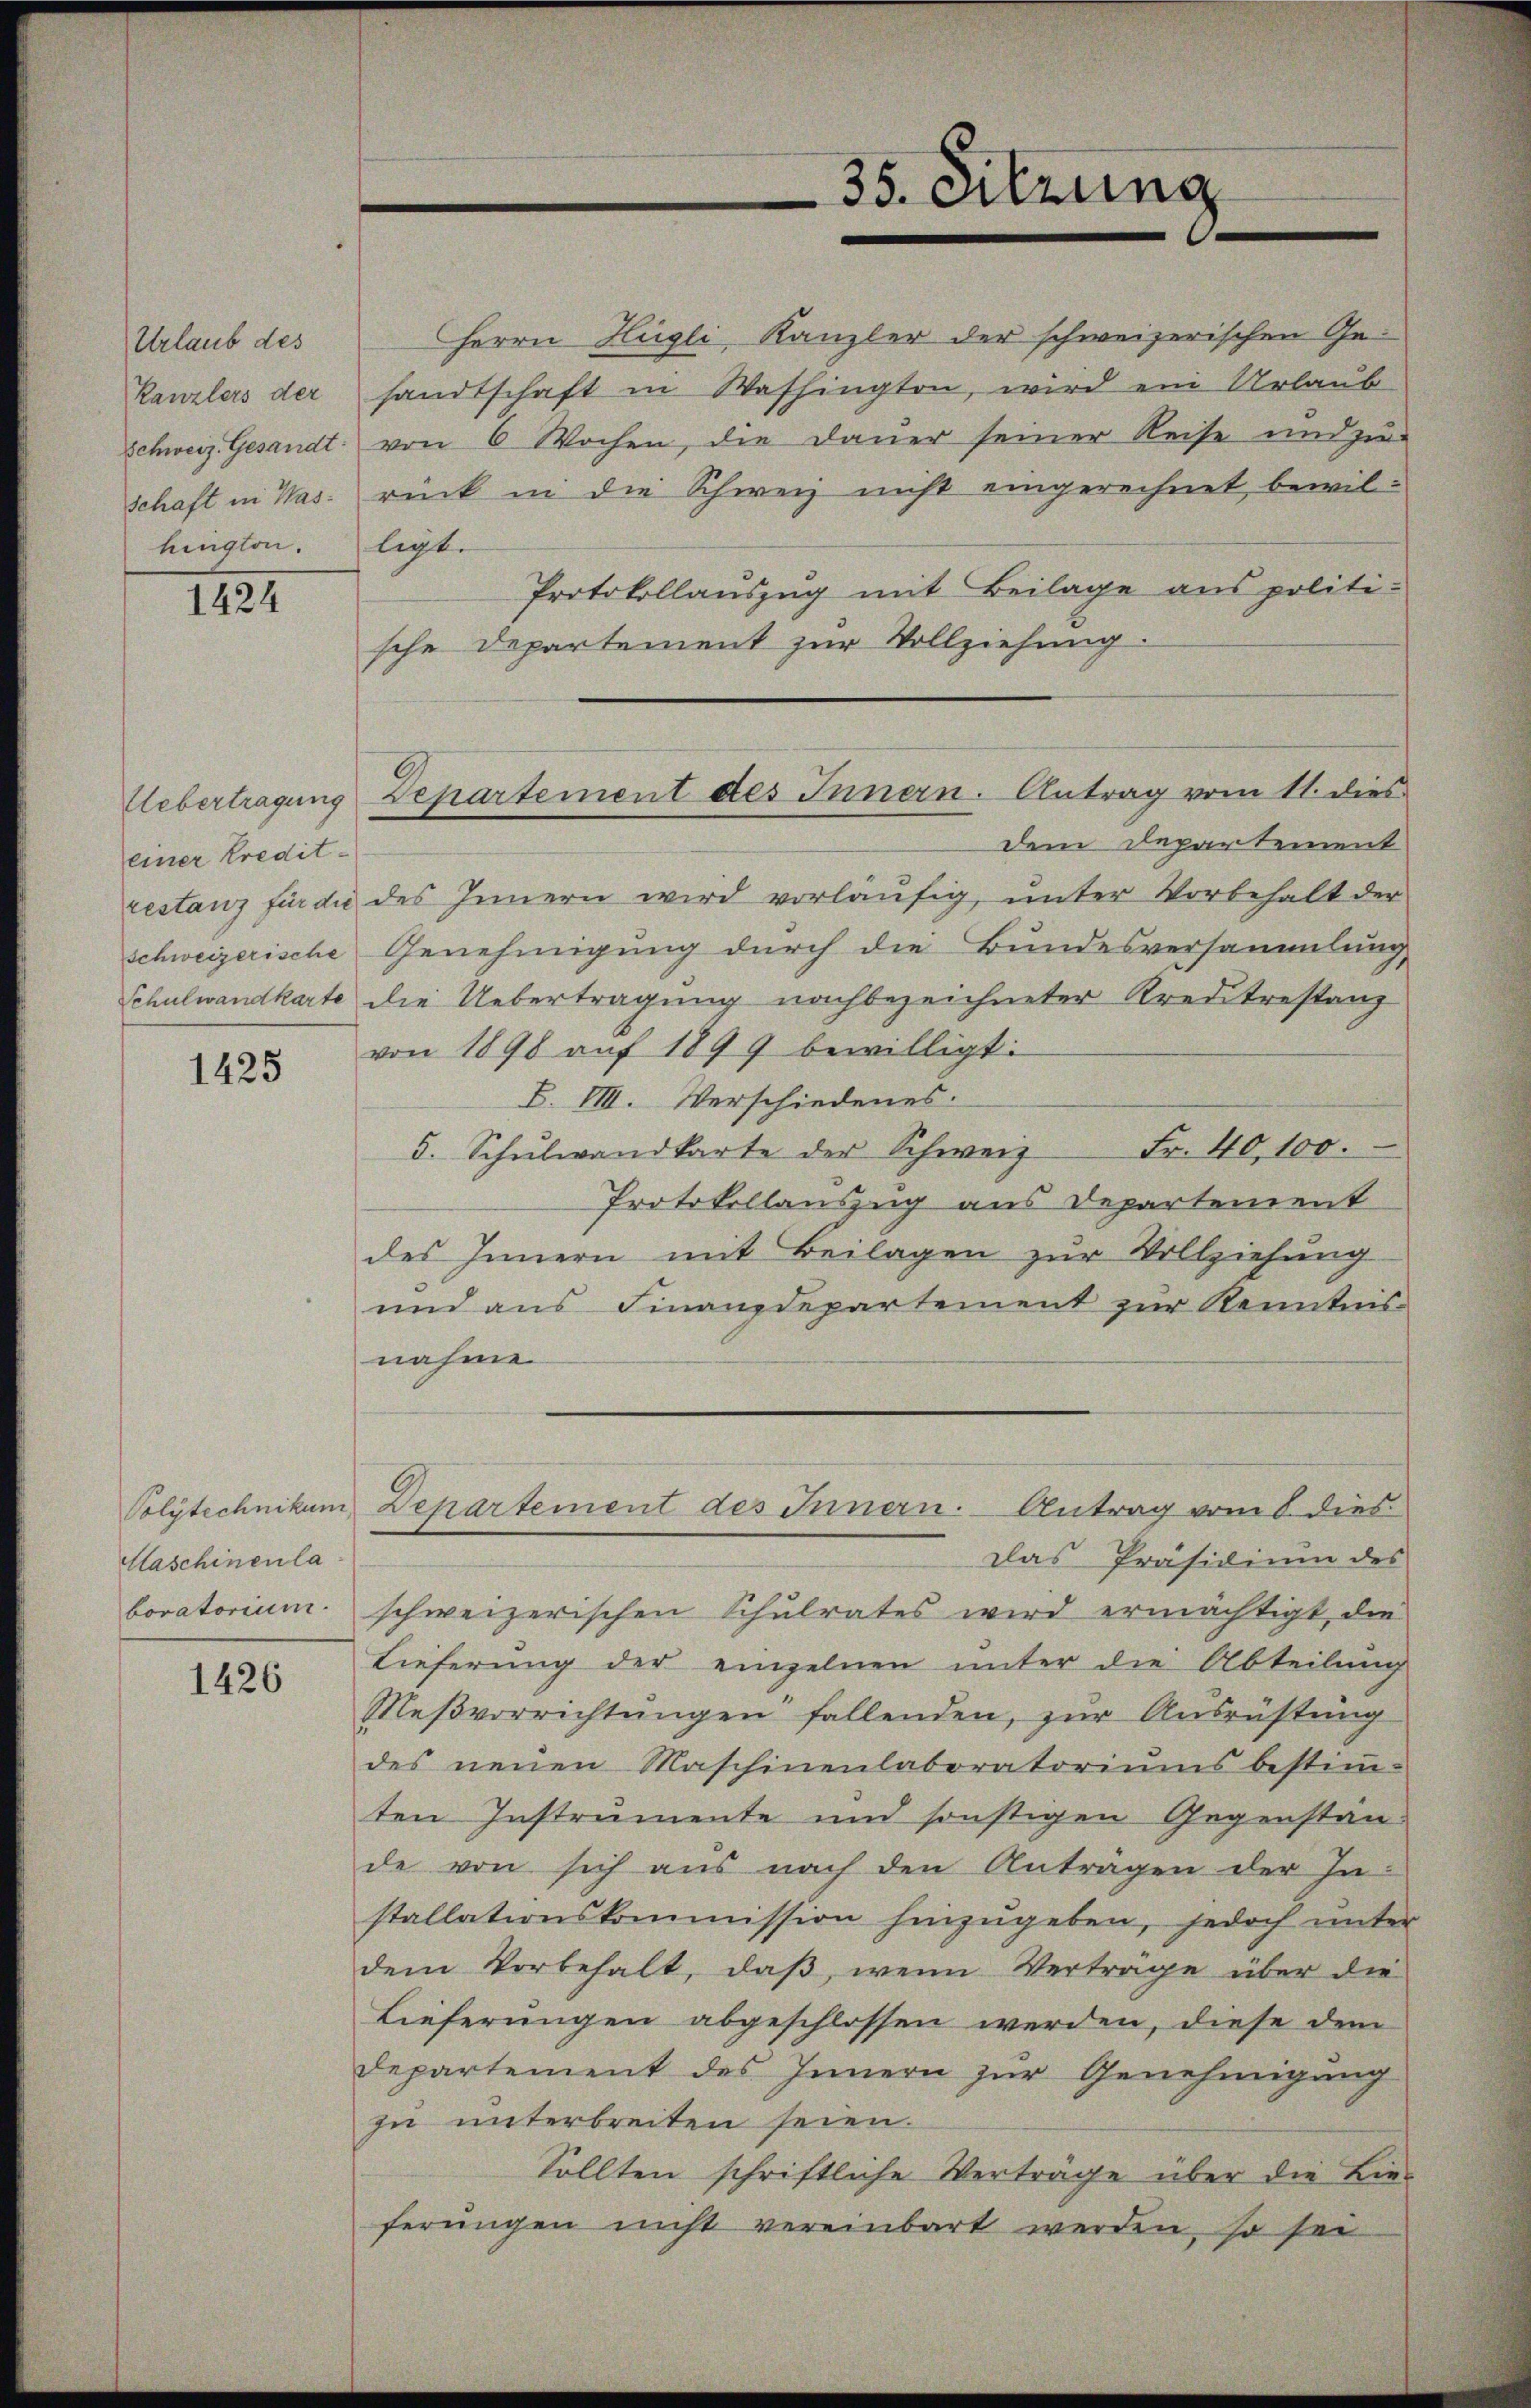
Urlaub des
Kanzlers der
schaft in Washington.

1424

einer Kredit¬

1425

Haschinenla

1426

sandtschaft in Washington, wird ein Urlaub
Schweiz. Gesandt von 6 Wochen, die Daŭer seiner Reise und zu-
rück in die Schweiz nicht eingerechnet, bewilligt.
Protokollauszug mit Beilage aus politi-
sche Departement zur Vollziehung.
dem Departement
restanz für die des Innern wird vorläŭfig, unter Vorbehalt der
schweizerische Genehmigung durch die Bundesversammlung
Schulwandkarte die Uebertragung nachbezeichneter Kreditrestanz
von 1898 aŭf 1899 bewilligt:
B. VIII. Verschiedenes.
Fr. 40,100.
5. Schŭlwandkarte der Schweiz
Protokollauszug aus Departement
des Innern mit Beilagen zur Vollziehung
und aus Finanzdepartement zur Kenntnis-
nahme
Polytechnikum Departement des Innern. Antrag vom 8. dies
Das Präsidium des
boratorium schweizerischen Schulrates wird ermächtigt, die
Lieferung der einzelnen unter die Abteilung
Meβvorrichtŭngen fallenden, zŭr Aŭsrüstung
des neuen Maschinenlaboratoriums bestimm-
ten Instrumente und sonstigen Gegenstände von sich aus nach den Anträgen der In-
stallationskommission hinzugeben, jedoch unter
dem Vorbehalt, daβ, wenn Verträge über die
Lieferungen abgeschlossen werden, diese dem
departement des Innern zur Genehmigung
zu unterbreiten seien.
Sollten schriftliche Verträge über die Lie-
ferungen nicht vereinbart werden, so sei

Uebertragens Departement des Innern. Antrag vom 11. dies

35. Sitzung

Herrn Hügli, Kanzler der schweizerischen Ge¬